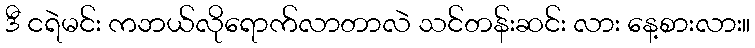
ဒီ ငရဲမင်း ကဘယ်လိုရောက်လာတာလဲ သင်တန်းဆင်း လား နေ့စားလား။